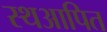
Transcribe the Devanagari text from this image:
स्थआपित